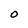
Character: O